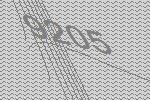
9205